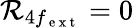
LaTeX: \mathcal{R}_{4f_{\mathrm{~e~x~t~}}}=0